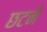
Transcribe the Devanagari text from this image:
छटने